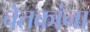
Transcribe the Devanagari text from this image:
चेतकांना